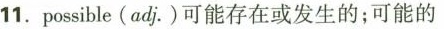
11.possible(adj.)可能存在或发生的；可能的